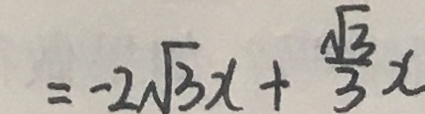
= - 2 \sqrt { 3 } x + \frac { \sqrt { 3 } } { 3 } x